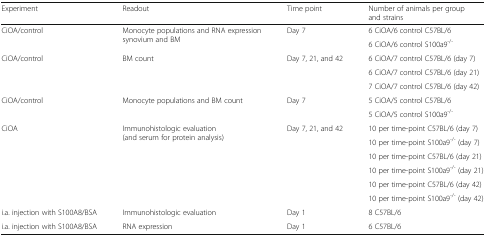
<table><thead><tr><td><b>Experiment</b></td><td><b>Readout</b></td><td><b>Time point</b></td><td><b>Number of animals per group and strains</b></td></tr></thead><tbody><tr><td rowspan="2">CiOA/control</td><td rowspan="2">Monocyte populations and RNA expression synovium and BM</td><td rowspan="2">Day 7</td><td>6 CiOA/6 control C57BL/6</td></tr><tr><td>6 CiOA/6 control S100a9<sup>-/-</sup></td></tr><tr><td rowspan="3">CiOA/control</td><td rowspan="3">BM count</td><td rowspan="3">Day 7, 21, and 42</td><td>6 CiOA/7 control C57BL/6 (day 7)</td></tr><tr><td>6 CiOA/7 control C57BL/6 (day 21)</td></tr><tr><td>7 CiOA/7 control C57BL/6 (day 42)</td></tr><tr><td rowspan="2">CiOA/control</td><td rowspan="2">Monocyte populations and BM count</td><td rowspan="2">Day 7</td><td>5 CiOA/5 control C57BL/6</td></tr><tr><td>5 CiOA/5 control S100a9<sup>-/-</sup></td></tr><tr><td rowspan="6">CiOA</td><td rowspan="6">Immunohistologic evaluation (and serum for protein analysis)</td><td rowspan="6">Day 7, 21, and 42</td><td>10 per time-point C57BL/6 (day 7)</td></tr><tr><td>10 per time-point S100a9<sup>-/-</sup> (day 7)</td></tr><tr><td>10 per time-point C57BL/6 (day 21)</td></tr><tr><td>10 per time-point S100a9<sup>-/-</sup> (day 21)</td></tr><tr><td>10 per time-point C57BL/6 (day 42)</td></tr><tr><td>10 per time-point S100a9<sup>-/-</sup> (day 42)</td></tr><tr><td>i.a. injection with S100A8/BSA</td><td>Immunohistologic evaluation</td><td>Day 1</td><td>8 C57BL/6</td></tr><tr><td>i.a. injection with S100A8/BSA</td><td>RNA expression</td><td>Day 1</td><td>6 C57BL/6</td></tr></tbody></table>